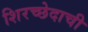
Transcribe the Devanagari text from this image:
शिरच्छेदाची